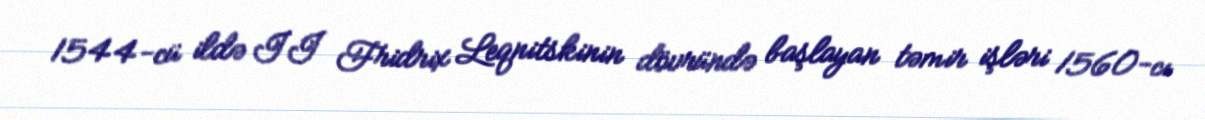
1544-cü ildə II Fridrix Leqnitskinin dövründə başlayan təmir işləri 1560-cı